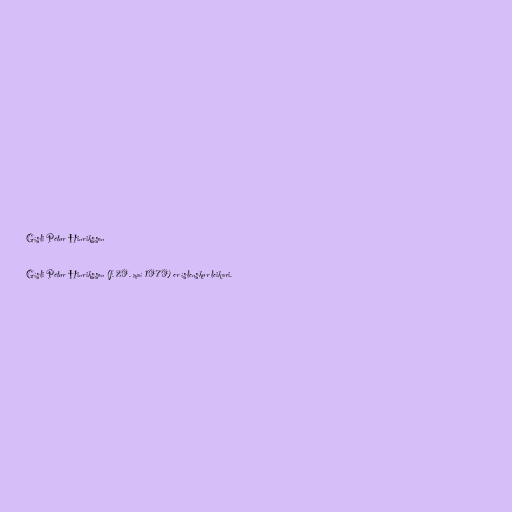
Gísli Pétur Hinriksson

Gísli Pétur Hinriksson (f. 29. maí 1979) er íslenskur leikari.